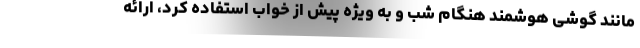
مانند گوشی هوشمند هنگام شب و به ویژه پیش از خواب استفاده کرد، ارائه